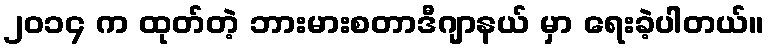
၂၀၁၄ က ထုတ်တဲ့ ဘားမားစတာဒီဂျာနယ် မှာ ရေးခဲ့ပါတယ်။